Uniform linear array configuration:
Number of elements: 32
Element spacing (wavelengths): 1
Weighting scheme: hann
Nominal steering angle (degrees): -15
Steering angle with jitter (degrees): -16.706
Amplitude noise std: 0.05
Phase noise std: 0.05

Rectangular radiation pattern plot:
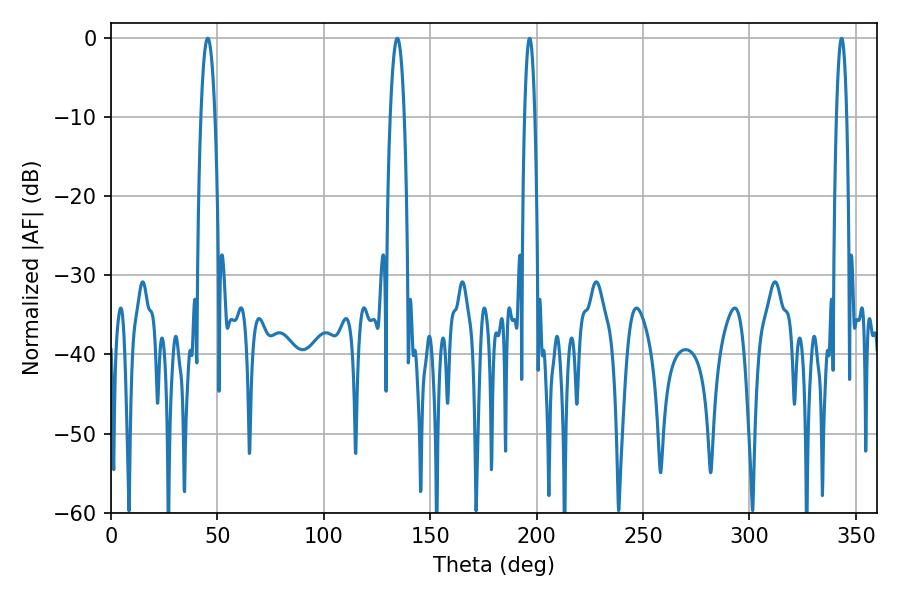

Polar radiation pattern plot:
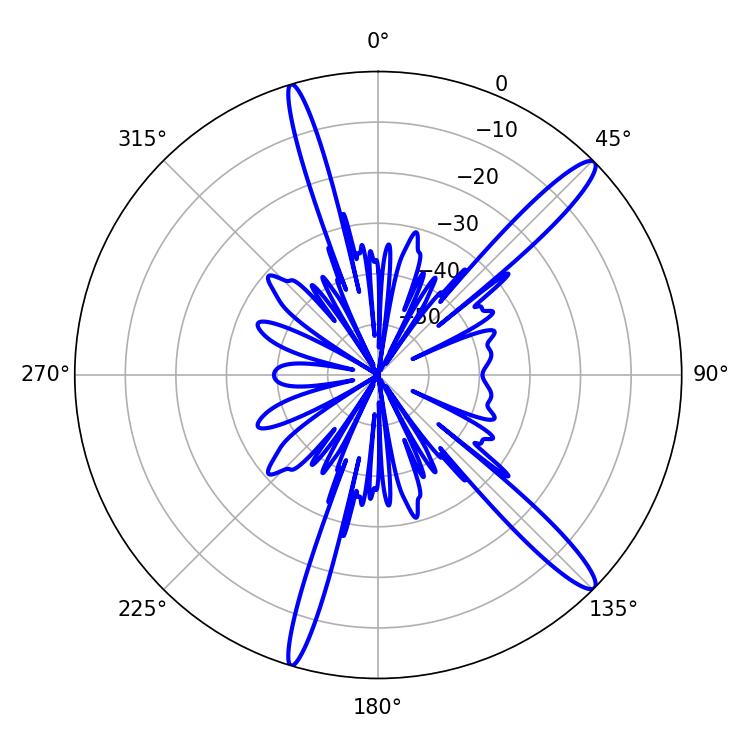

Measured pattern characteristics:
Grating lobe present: TRUE
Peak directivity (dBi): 14.583
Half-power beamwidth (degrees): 2.52
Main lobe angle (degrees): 196.74